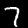
Label: 7